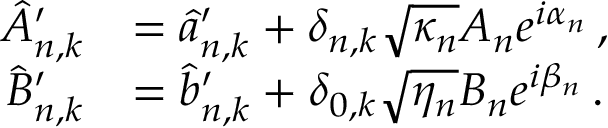
\begin{array} { r l } { \hat { A } _ { n , k } ^ { \prime } } & { = \hat { a } _ { n , k } ^ { \prime } + \delta _ { n , k } \sqrt { \kappa _ { n } } A _ { n } e ^ { i \alpha _ { n } } \, , } \\ { \hat { B } _ { n , k } ^ { \prime } } & { = \hat { b } _ { n , k } ^ { \prime } + \delta _ { 0 , k } \sqrt { \eta _ { n } } B _ { n } e ^ { i \beta _ { n } } \, . } \end{array}